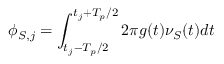
\phi _ { S , j } = \int _ { t _ { j } - T _ { p } / 2 } ^ { t _ { j } + T _ { p } / 2 } 2 \pi g ( t ) \nu _ { S } ( t ) d t